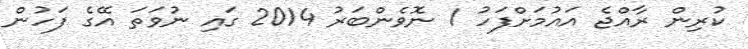
ކުރިން ރާއްޖެ އައުމަށްފަހު 1 ނޮވެންބަރު 2014 ގައި ނުވަތަ އޭގެ ފަހުން